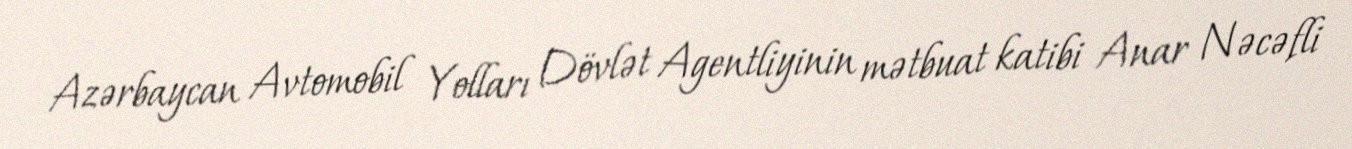
Azərbaycan Avtomobil Yolları Dövlət Agentliyinin mətbuat katibi Anar Nəcəfli